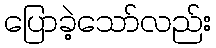
ပြောခဲ့သော်လည်း